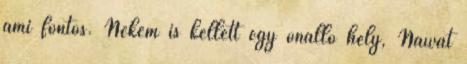
ami fontos. Nekem is kellett egy önálló hely, Nawat